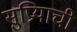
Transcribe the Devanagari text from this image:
सुप्रियाची